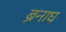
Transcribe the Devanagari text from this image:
ब्रैनाघ